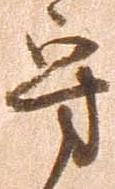
守